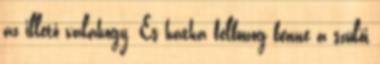
az illető valahogy. És hátha felbuzog benne a szülői